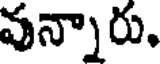
వన్నారు.